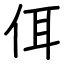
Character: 佴